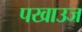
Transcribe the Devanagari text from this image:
पखाउज